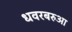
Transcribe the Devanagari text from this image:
धवरबरुआ